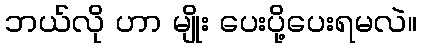
ဘယ်လို ဟာ မျိုး ပေးပို့ပေးရမလဲ။